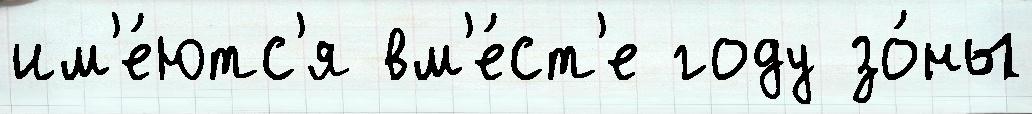
им'е́ютс'я вм'е́ст'е году зо́ны